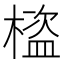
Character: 𣛯